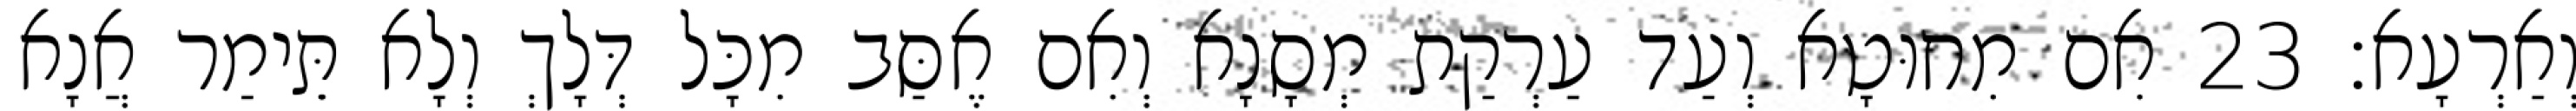
וְאַרְעָא׃ 23 אִם מִחוּטָא וְעַד עַרְקַת מְסָנָא וְאִם אֶסַּב מִכָּל דְּלָךְ וְלָא תֵּימַר אֲנָא